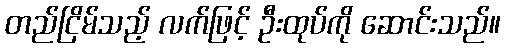
တည်ငြိမ်သည့် လက်ဖြင့် ဦးထုပ်ကို ဆောင်းသည်။